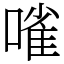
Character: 𠻘